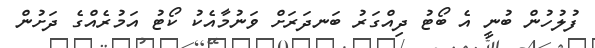
ފުލުހުން ބުނީ އެ ބޯޓު ދިއްގަރު ބަނދަރަށް ވަނުމާއެކު ކޯޓު އަމުރެއްގެ ދަށުން